Indian journal of veterinary science and animal husbandry - Volume 4,
Year: 1934
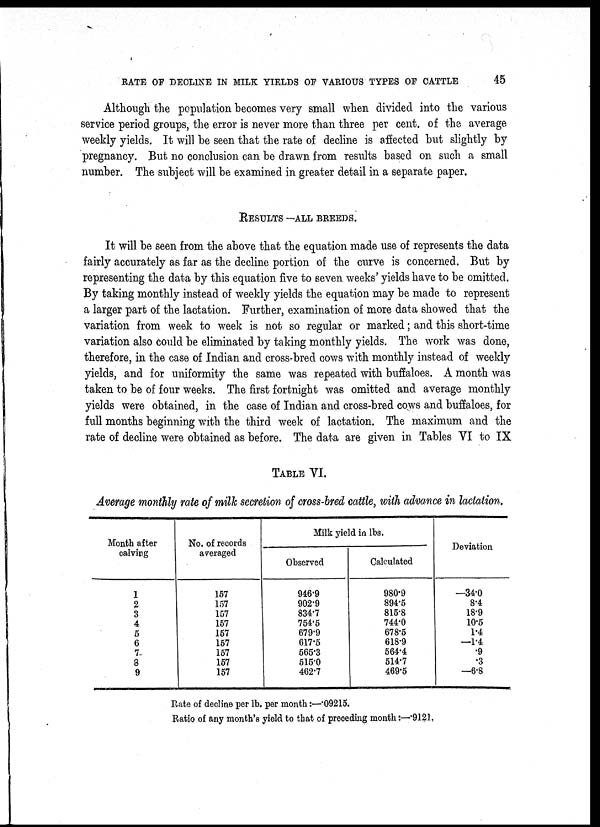
RATE OF DECLINE IN MILK YIELDS OF VARIOUS TYPES OF CATTLE
45
Although the population becomes very small when divided into the various
service period groups, the error is never more than three per cent. of the average
weekly yields. It will be seen that the rate of decline is affected but slightly by
pregnancy. But no conclusion can be drawn from results based on such a small
number. The subject will be examined in greater detail in a separate paper.
RESULTS —ALL BREEDS.
It will be seen from the above that the equation made use of represents the data
fairly accurately as far as the decline portion of the curve is concerned. But by
representing the data by this equation five to seven weeks' yields have to be omitted.
By taking monthly instead of weekly yields the equation may be made to represent
a larger part of the lactation. Further, examination of more data showed that the
variation from week to week is not so regular or marked; and this short-time
variation also could be eliminated by taking monthly yields. The work was done,
therefore, in the case of Indian and cross-bred cows with monthly instead of weekly
yields, and for uniformity the same was repeated with buffaloes. A month was
taken to be of four weeks. The first fortnight was omitted and average monthly
yields were obtained, in the case of Indian and cross-bred cows and buffaloes, for
full months beginning with the third week of lactation. The maximum and the
rate of decline were obtained as before. The data are given in Tables VI to IX
TABLE VI.
Average monthly rate of milk secretion of cross-bred cattle, with advance in lactation.
Month after
calving
1
2
3
4
5
6
7
8
9
No. of records
averaged
157
157
157
167
157
157
157
157
157
Milk yield in lbs.
Observed
946.9
902.9
834.7
754.5
679.9
617.5
565.3
515.0
462.7
Calculated
980.9
894.5
815.8
744.0
678.5
618.9
564.4
514.7
469.5
Deviation
—34.0
8.4
18.9
10.5
1.4
—1.4
.9
.3
—6.8
Rate of decline per lb. per month:—.09215.
Ratio of any month's yield to that of preceding month:—.9121.